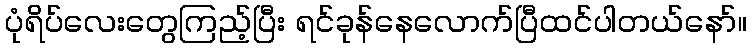
ပုံရိပ်လေးတွေကြည့်ပြီး ရင်ခုန်နေလောက်ပြီထင်ပါတယ်နော်။